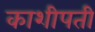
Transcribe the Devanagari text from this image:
काशीपती